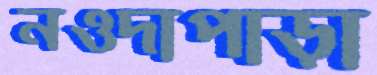
নওদাপাড়া